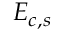
E _ { c , s }